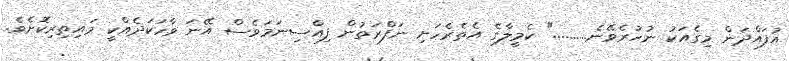
އުފައްދަން މިގެއަކު ނުހުރެވޭނެ.........." ކެމީލާގެ އެތެރެހަށި ނަފްރަތުން ފިއްސިނަމަވެސް އޭނަ ވާހަކަދެއްކީ މައިތިރިކޮށެވެ.